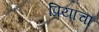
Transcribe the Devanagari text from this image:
प्रियाचा